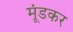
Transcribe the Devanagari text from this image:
मूंडकर